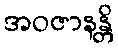
အဝဇာနန္တိ